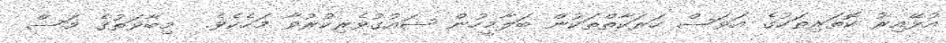
އުޅޭއިރު ކޮތަރިތަކުގެ އަވަސް ހަރަކާތްތަކުން ބަލާމީހުން ޝައުގުވެރިކުރުވާ މަހެކެވެ.  މިބާވަތުގެ މަސް